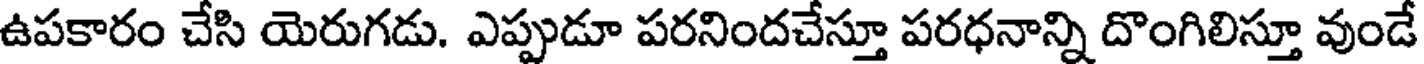
ఉపకారం చేసి యెరుగడు. ఎప్పుడూ పరనిందచేస్తూ పరధనాన్ని దొంగిలిస్తూ వుండే